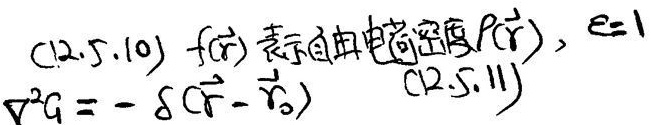
(12.5.10) $f(\vec{r})$ 表示自由电荷密度$\rho(\vec{r})$，$\epsilon = 1$
(12.5.11) $\nabla^{2}G=-\delta(\vec{r}-\vec{r}_{0})$